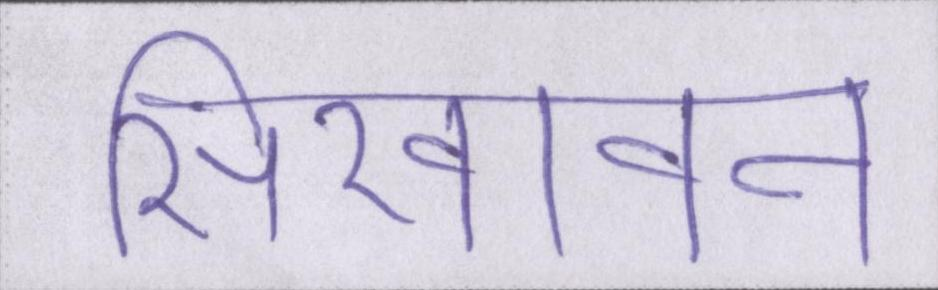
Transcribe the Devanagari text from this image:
सिखावन